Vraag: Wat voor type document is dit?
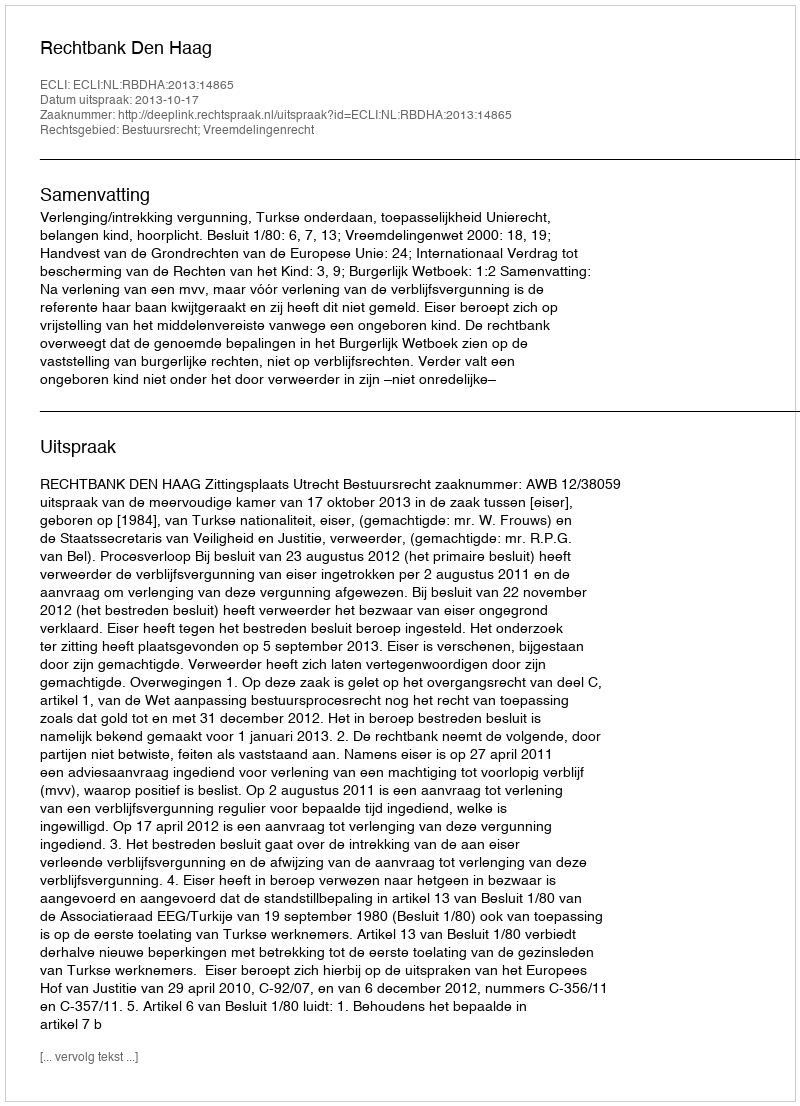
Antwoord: Uitspraak